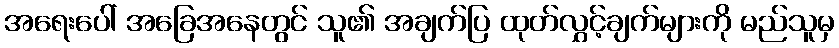
အရေးပေါ် အခြေအနေတွင် သူ၏ အချက်ပြ ထုတ်လွှင့်ချက်များကို မည်သူမှ